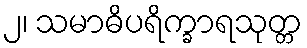
၂၊ သမာဓိပရိက္ခာရသုတ္တ